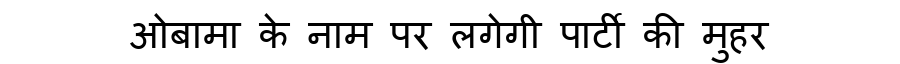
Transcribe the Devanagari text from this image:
ओबामा के नाम पर लगेगी पार्टी की मुहर